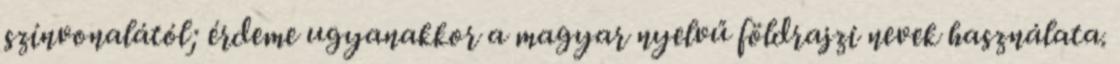
színvonalától; érdeme ugyanakkor a magyar nyelvű földrajzi nevek használata.